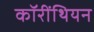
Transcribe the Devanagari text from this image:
कॉरींथियन